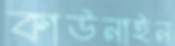
কাউনাইন